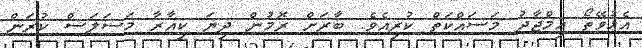
އެޅުވޭތޯ އިމްޖާދު މަސައްކަތް ކުރިއެވެ. ބާރަށް ރޮމުން ދިޔަ ކިއާރާ މަސަލަސް ކުރަން